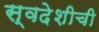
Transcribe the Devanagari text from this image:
स्वदेशीची